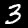
Label: 3